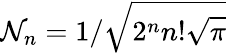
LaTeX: \mathcal{N}_{n}=1/\sqrt{2^{n}n!\sqrt{\pi}}